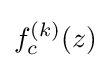
f_{c}^{(k)}(z)